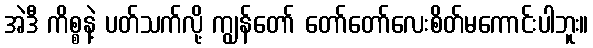
အဲဒီ ကိစ္စနဲ့ ပတ်သက်လို့ ကျွန်တော် တော်တော်လေးစိတ်မကောင်းပါဘူး။